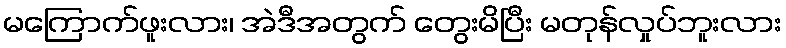
မကြောက်ဖူးလား၊ အဲဒီအတွက် တွေးမိပြီး မတုန်လှုပ်ဘူးလား